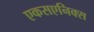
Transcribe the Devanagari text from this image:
एकसएनिक्स